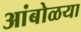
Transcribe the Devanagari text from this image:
आंबोळया